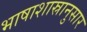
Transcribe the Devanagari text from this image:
भाषाशास्रानुसार